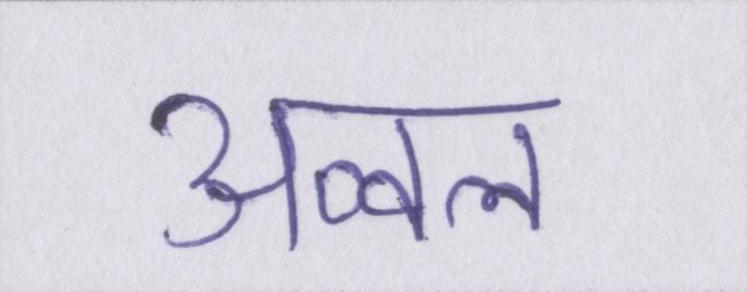
अव्वल